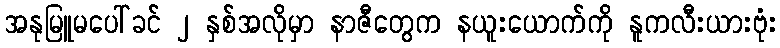
အနုမြူမပေါ်ခင် ၂ နှစ်အလိုမှာ နာဇီတွေက နယူးယောက်ကို နူကလီးယားဗုံး